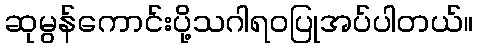
ဆုမွန်ကောင်းပို့သဂါရဝပြုအပ်ပါတယ်။